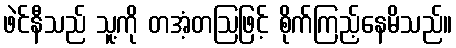
ဖဲင်နီသည် သူ့ကို တအံ့တဩဖြင့် စိုက်ကြည့်နေမိသည်။